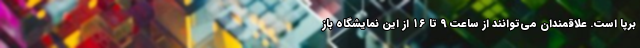
برپا است. علاقمندان می‌توانند از ساعت ۹ تا ۱۶ از این نمایشگاه باز